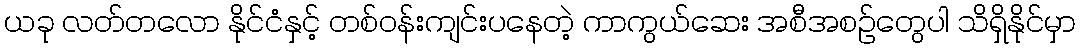
ယခု လတ်တလော နိုင်ငံနှင့် တစ်ဝန်းကျင်းပနေတဲ့ ကာကွယ်ဆေး အစီအစဉ်တွေပါ သိရှိနိုင်မှာ